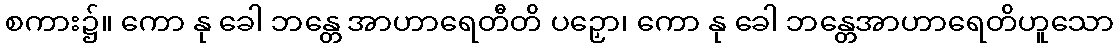
စကား၌။ ကော နု ခေါ ဘန္တေ အာဟာရေတီတိ ပဉှော၊ ကော နု ခေါ ဘန္တေအာဟာရေတိဟူသော